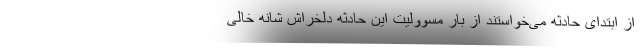
از ابتدای حادثه می‌خواستند از بار مسوولیت این حادثه دلخراش شانه خالی